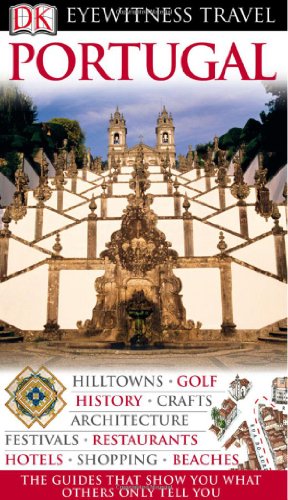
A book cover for Portugal (Eyewitness Travel Guides); Martin Symington; Travel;